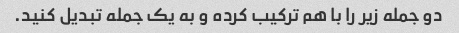
دو جمله زیر را با هم ترکیب کرده و به یک جمله تبدیل کنید.